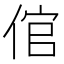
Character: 倌